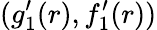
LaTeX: (g_{1}^{\prime}(r),f_{1}^{\prime}(r))